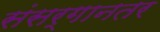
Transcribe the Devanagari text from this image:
संसर्गानतर